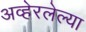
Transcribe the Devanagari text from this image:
अव्हेरलेल्या